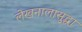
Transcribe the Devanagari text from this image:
लेखनालासुद्धा